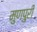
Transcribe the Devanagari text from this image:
मुणपुरी